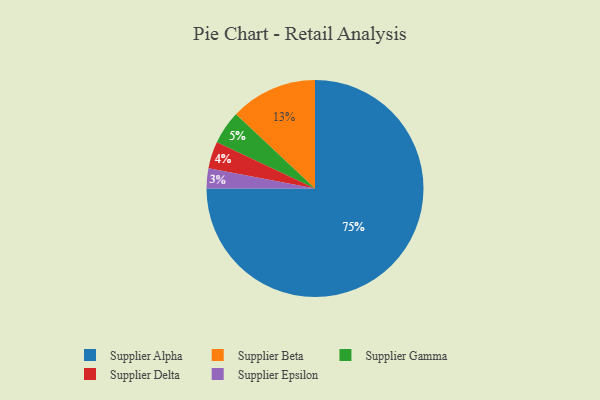
{"axis": {"x": "Category", "y": "Percentage"}, "legend": ["Supplier Alpha", "Supplier Beta", "Supplier Delta", "Supplier Epsilon", "Supplier Gamma"], "data": [{"x": "Supplier Gamma", "y": 5, "type": "Supplier Gamma"}, {"x": "Supplier Beta", "y": 13, "type": "Supplier Beta"}, {"x": "Supplier Alpha", "y": 75, "type": "Supplier Alpha"}, {"x": "Supplier Delta", "y": 4, "type": "Supplier Delta"}, {"x": "Supplier Epsilon", "y": 3, "type": "Supplier Epsilon"}]}